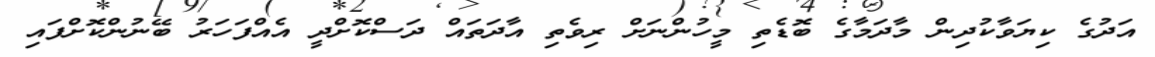
އަދުގެ ކިޔަވާކުދިން މާދަމާގެ ބޮޑެތި މީހުންނަށް ރިވެތި އާދަތައް ދަސްކޮށްދީ އެއްފަހަރު ބޭނުންކޮށްފައި